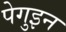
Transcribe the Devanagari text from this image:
पेगुइन